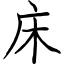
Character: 床